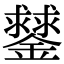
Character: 䥭